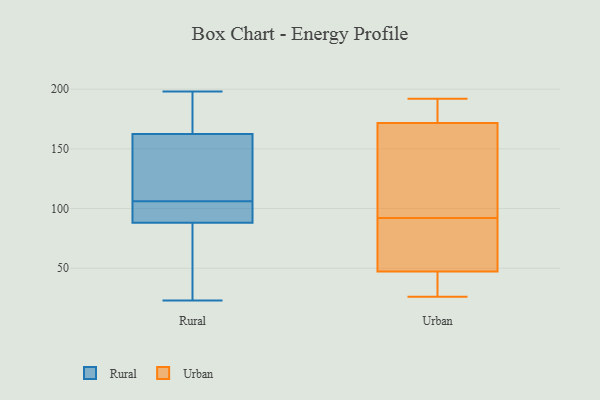
{"axis": {"x": "Churn Rate (%)", "y": "Value"}, "legend": ["Rural", "Urban"], "data": [{"x": "", "y": 107, "type": "Rural"}, {"x": "", "y": 106, "type": "Rural"}, {"x": "", "y": 23, "type": "Rural"}, {"x": "", "y": 65, "type": "Rural"}, {"x": "", "y": 102, "type": "Rural"}, {"x": "", "y": 163, "type": "Rural"}, {"x": "", "y": 161, "type": "Rural"}, {"x": "", "y": 115, "type": "Rural"}, {"x": "", "y": 84, "type": "Rural"}, {"x": "", "y": 100, "type": "Rural"}, {"x": "", "y": 191, "type": "Rural"}, {"x": "", "y": 34, "type": "Rural"}, {"x": "", "y": 105, "type": "Rural"}, {"x": "", "y": 197, "type": "Rural"}, {"x": "", "y": 198, "type": "Rural"}, {"x": "", "y": 31, "type": "Urban"}, {"x": "", "y": 87, "type": "Urban"}, {"x": "", "y": 168, "type": "Urban"}, {"x": "", "y": 183, "type": "Urban"}, {"x": "", "y": 42, "type": "Urban"}, {"x": "", "y": 40, "type": "Urban"}, {"x": "", "y": 192, "type": "Urban"}, {"x": "", "y": 184, "type": "Urban"}, {"x": "", "y": 26, "type": "Urban"}, {"x": "", "y": 173, "type": "Urban"}, {"x": "", "y": 63, "type": "Urban"}, {"x": "", "y": 163, "type": "Urban"}, {"x": "", "y": 92, "type": "Urban"}, {"x": "", "y": 112, "type": "Urban"}, {"x": "", "y": 64, "type": "Urban"}]}